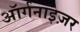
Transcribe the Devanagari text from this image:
ऑर्गनाइज़र